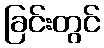
ခြင်းတွင်